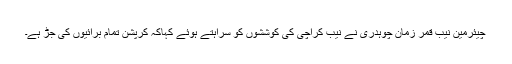
چیئرمین نیب قمر زمان چوہدری نے نیب کراچی کی کوششوں کو سراہتے ہوئے کہاکہ کرپشن تمام برائیوں کی جڑ ہے۔